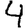
Digit: 4